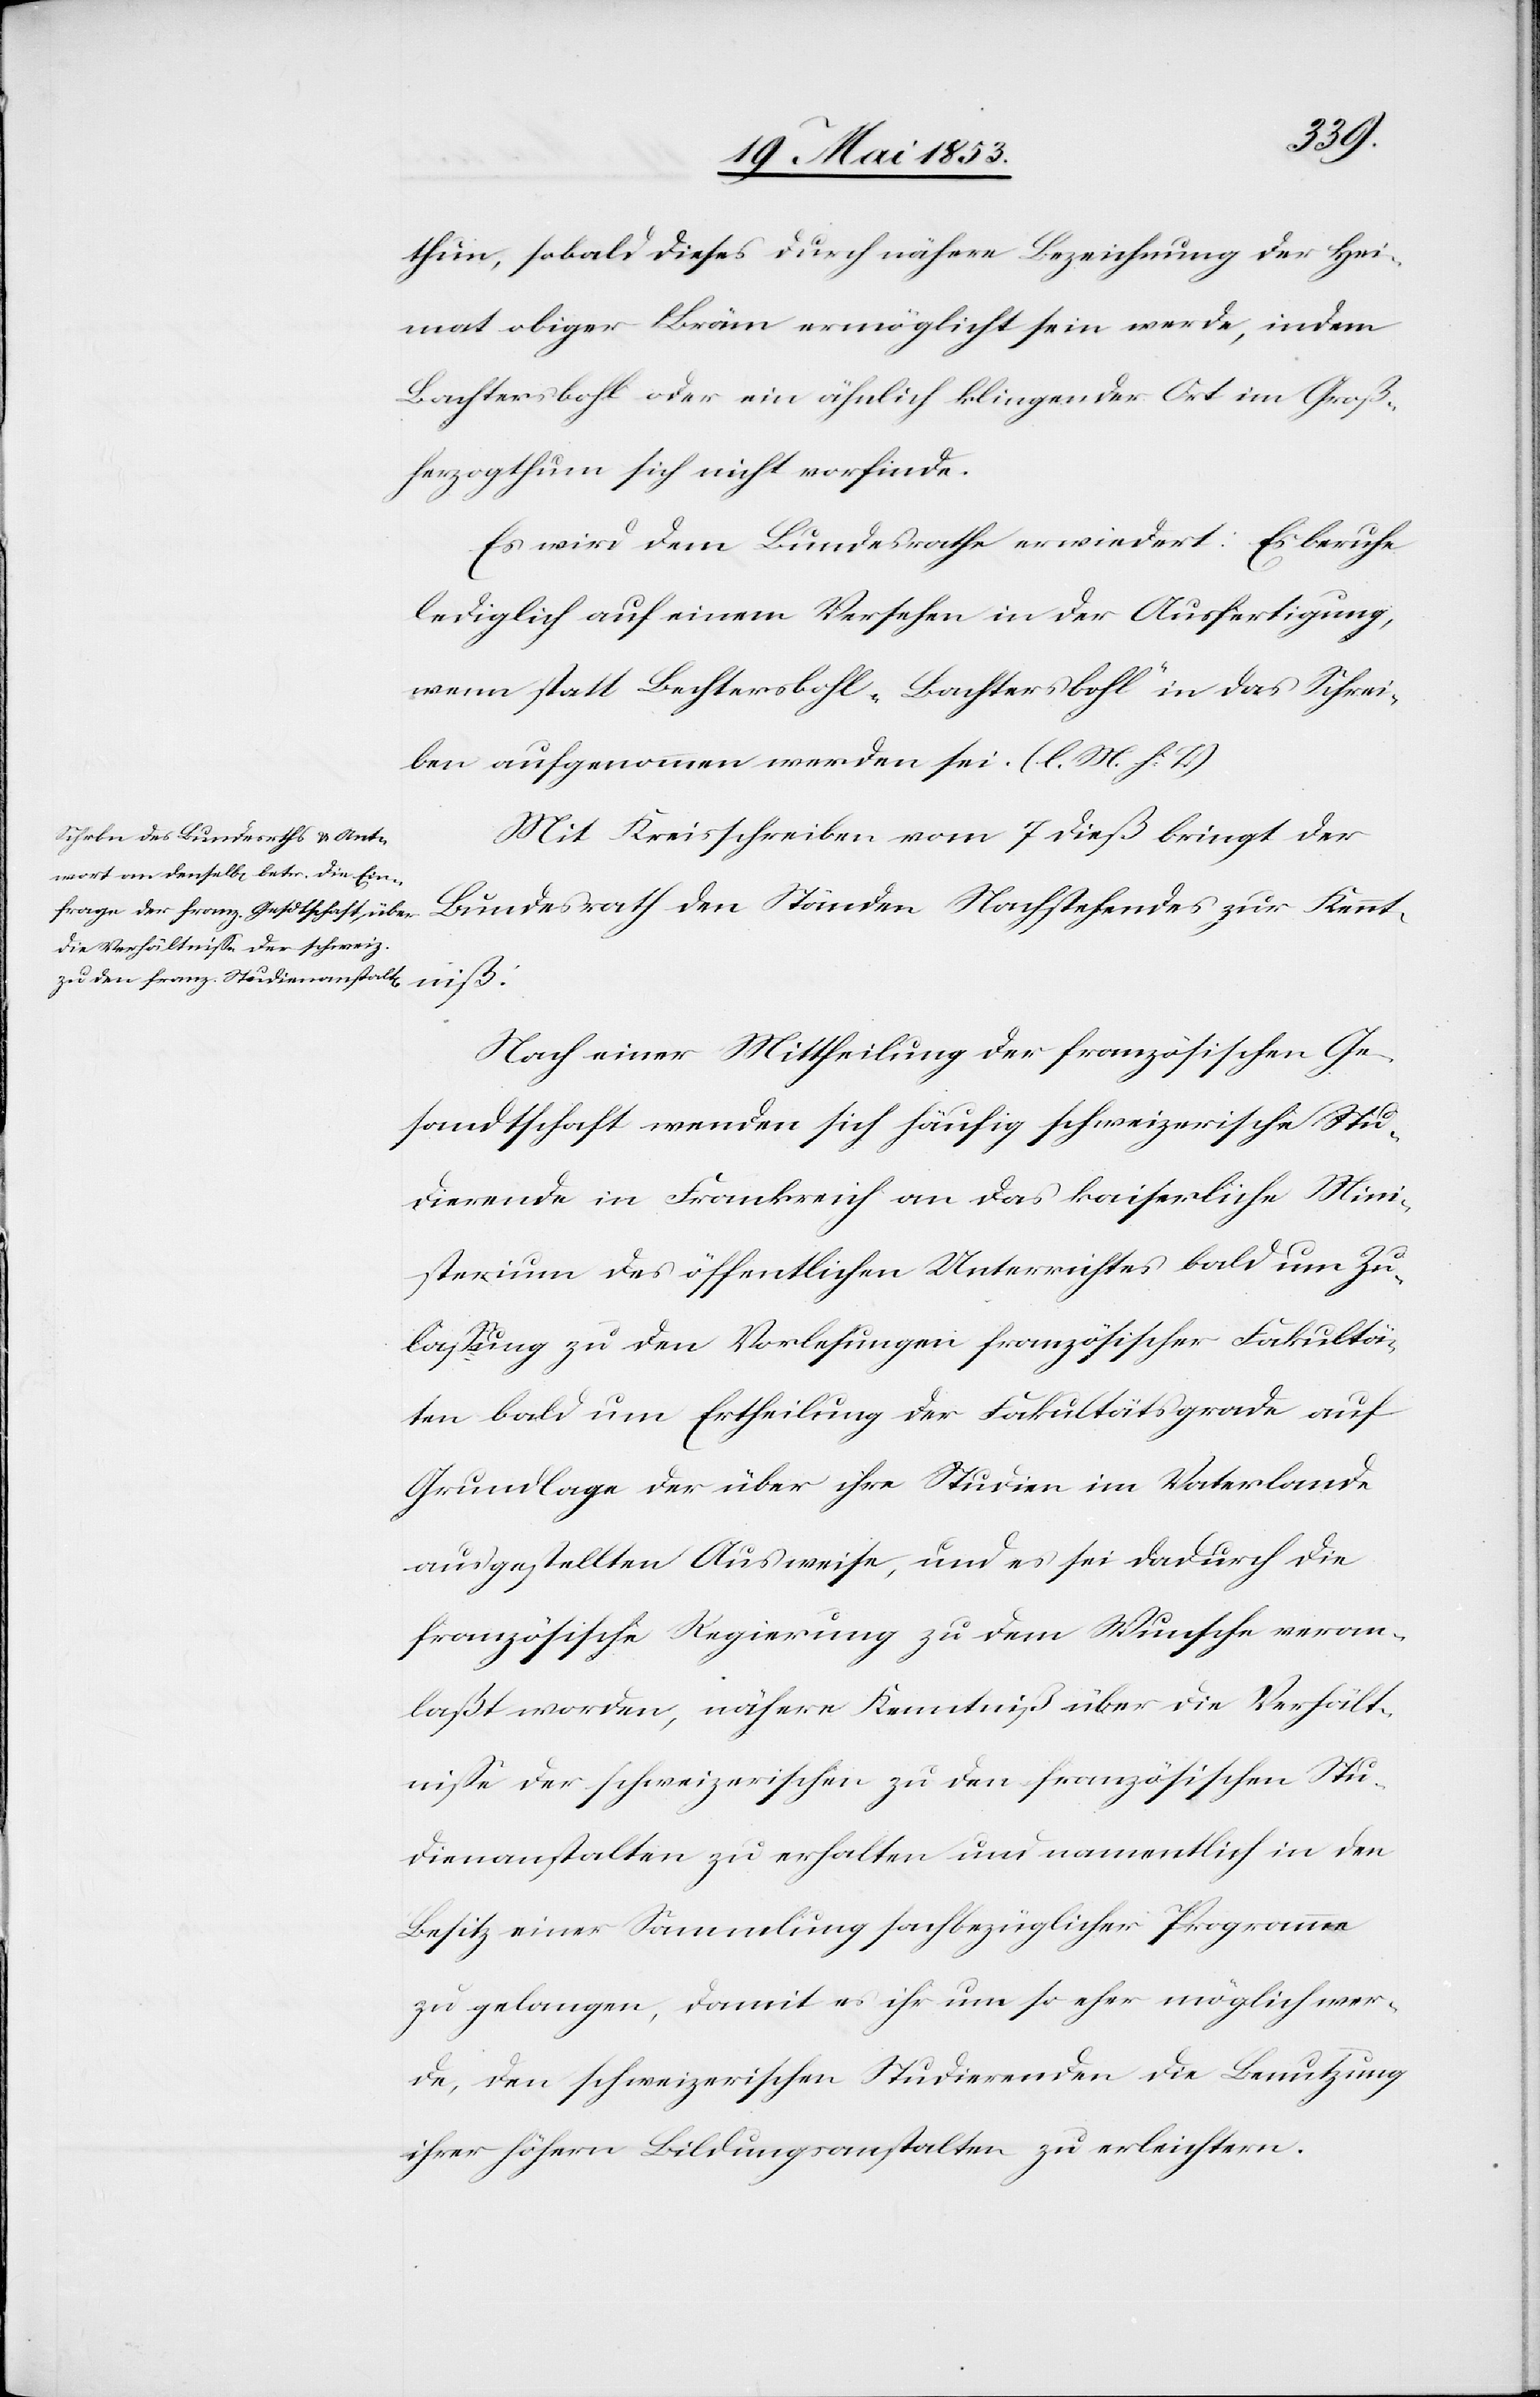
thun, sobald dieses durch nähere Bezeichnung der Hei¬
mat obiger Bräm ermöglicht sein werde, indem
Bachtersbohl oder ein ähnlich klingender Ort im Groß¬
herzogthum sich nicht vorfinde.
Es wird dem Bundesrathe erwiedert: Es beruhe
lediglich auf einem Versehen in der Ausfertigung
wenn statt Bechtersbohl „Bachtersbohl“ in das Schrei¬
ben aufgenommen worden sei. [l. M. h. T]
Mit Kreisschreiben vom 7 dieß bringt der
Bundesrath den Ständen Nachstehendes zur Kennt¬
niß:
Nach einer Mittheilung der französischen Ge¬
sandtschaft wenden sich häufig schweizerische Stu¬
dierende in Frankreich an das kaiserliche Mini¬
sterium des öffentlichen Unterrichtes bald um Zu¬
laßung zu den Vorlesungen französischer Fakultä¬
ten bald um Ertheilung der Fakultätsgrade auf
Grundlage der über ihre Studien im Vaterlande
ausgestellten Ausweise, und es sei dadurch die
französische Regierung zu dem Wunsche veran¬
laßt worden, nähere Kenntniß über die Verhält¬
niße der schweizerischen zu den französischen Stu¬
dienanstalten zu erhalten und namentlich in den
Besitz einer Sammlung sachbezüglicher Programme
zu gelangen, damit es ihr um so eher möglich wer¬
de, den schweizerischen Studierenden die Benutzung
ihrer höhern Bildungsanstalten zu erleichtern.